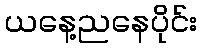
ယနေ့ညနေပိုင်း